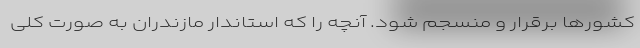
کشورها برقرار و منسجم شود. آنچه را که استاندار مازندران به صورت کلی